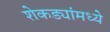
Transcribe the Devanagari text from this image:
शेकड्यांमध्ये